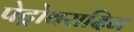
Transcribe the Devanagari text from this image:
पेट्रोवरादिन